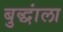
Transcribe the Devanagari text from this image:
बुद्धांला